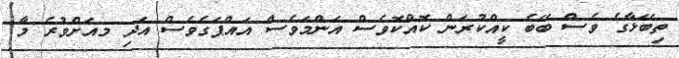
ތިބޭޅާގެ ވެސް ބޭބެ ކީއްކުރަން ކޮއްކޮވެސް އަންމަވެސް އައްޕަގެވެސް އަދި މއަށްވުރެ މާ